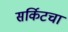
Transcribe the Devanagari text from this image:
सर्किटचा